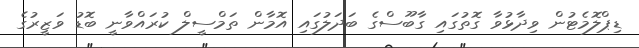
ޑިޕްލޮމެޓުން ވިދާޅުވާ ގޮތުގައި ގާބޫސްގެ ބަދަލުގައި އޮމާން ތަމްސީލް ކުރައްވާނީ ބޮޑު ވަަޒީރުގެ